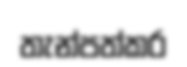
තැන්පත්කර